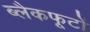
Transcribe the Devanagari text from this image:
ब्लैकफूटों